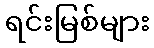
ရင်းမြစ်များ